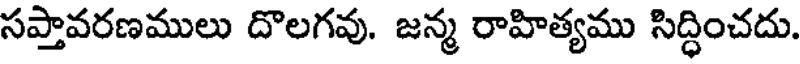
సప్తావరణములు దొలగవు. జన్మ రాహిత్యము సిద్ధించదు.